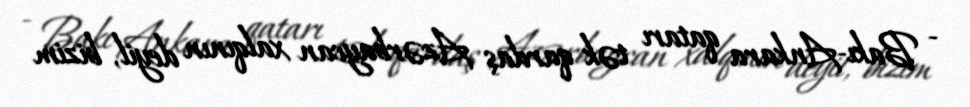
- Bakı-Ankara qatarı tək qardaş Azərbaycan xalqının deyil, bizim